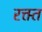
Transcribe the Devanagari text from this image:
रक्त्त